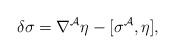
LaTeX: \begin{align*}\delta\sigma=\nabla^\mathcal{A}\eta-[\sigma^\mathcal{A},\eta],\end{align*}